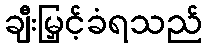
ချီးမြှင့်ခံရသည်